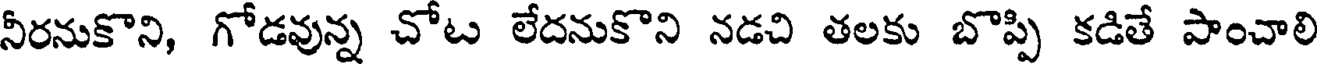
నీరనుకొని, గోడవున్న చోట లేదనుకొని నడచి తలకు బొప్పి కడితే పాంచాలి